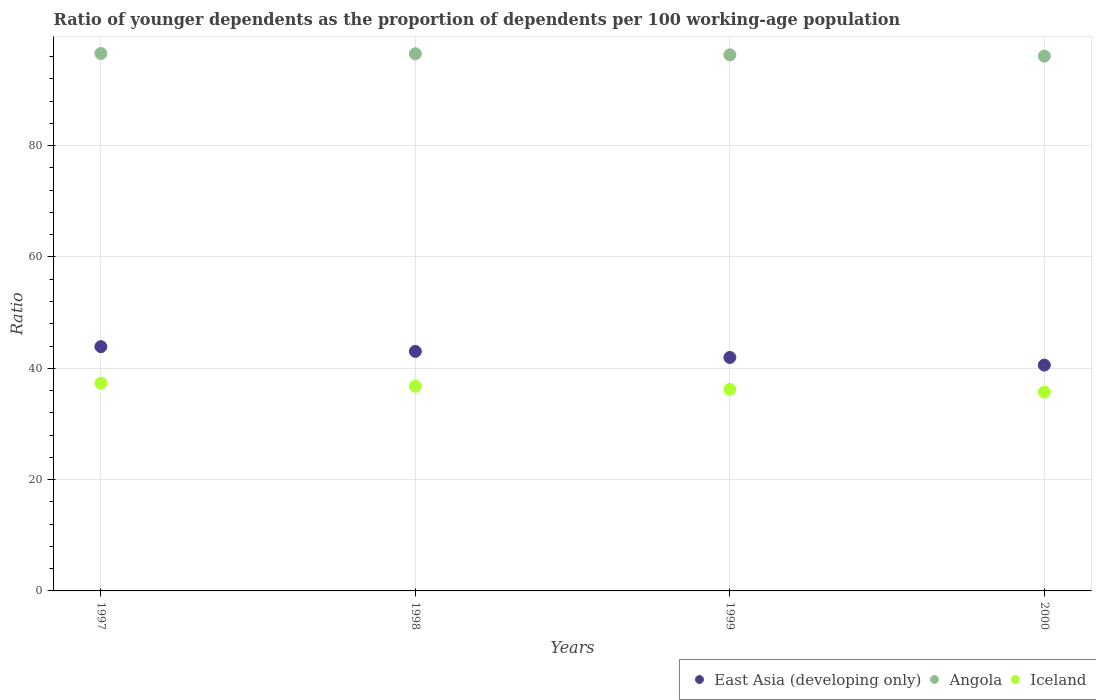
| Years | East Asia (developing only) | Angola | Iceland |
 | --- | --- | --- | --- |
 | 1997 | 43.9 | 96.6 | 37.3 |
 | 1998 | 43 | 96.5 | 36.8 |
 | 1999 | 41.9 | 96.3 | 36.2 |
 | 2000 | 40.6 | 96.1 | 35.7 |